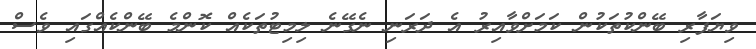
ވިޔަފާރި ބޭންކުތަކުން ކަމަށްވާއިރު އެ ދަރަނި ނެގޭނެ ލިމިޓުތަކެއް ކޮންމެ ބޭންކެއްގައި ވެސް